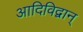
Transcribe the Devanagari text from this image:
आदिविद्वान्‌